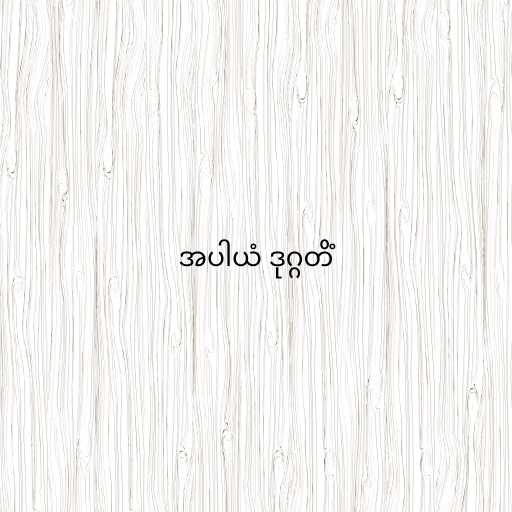
အပါယံ ဒုဂ္ဂတိံ